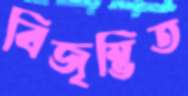
বিজৃম্ভিত